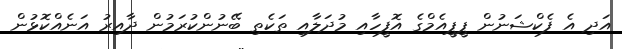
އަދި އެ ފެކްޝަނުން ޕީޕީއެމްގެ އޮފީހާއި މުދަލާއި ތަކެތި ބޭނުންކުރަމުން ދާއިރު އަނެއްކޮޅުން